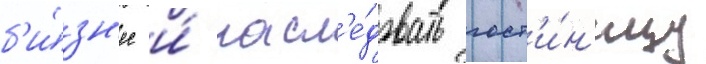
б'и́зн'ес и́ насл'е́довать гост'и́н'ицу